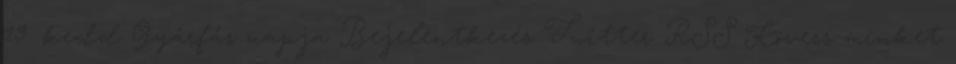
19. kedd Gyárfás napja Bejelentkezés Twitter RSS Kövess minket